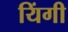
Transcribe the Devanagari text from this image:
यिंगी